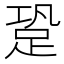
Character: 跫